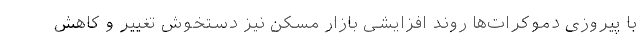
با پیروزی دموکرات‌ها روند افزایشی بازار مسکن نیز دستخوش تغییر و کاهش